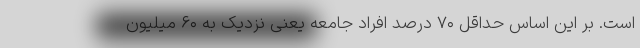
است. بر این اساس حداقل ۷۰ درصد افراد جامعه یعنی نزدیک به ۶۰ میلیون